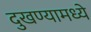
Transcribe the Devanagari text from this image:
दुखण्यामध्ये